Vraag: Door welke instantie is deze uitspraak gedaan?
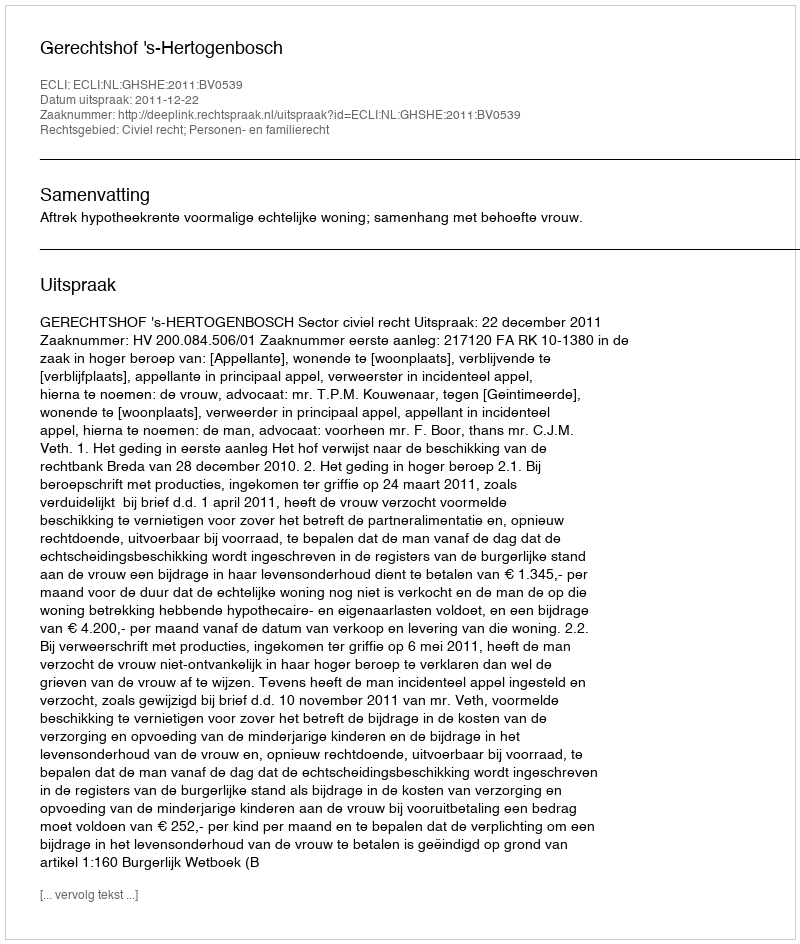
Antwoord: Gerechtshof 's-Hertogenbosch